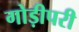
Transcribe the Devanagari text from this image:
गोड़ीपरी